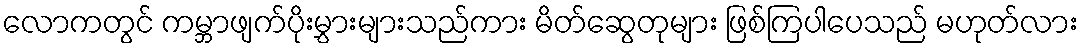
လောကတွင် ကမ္ဘာဖျက်ပိုးမွှားများသည်ကား မိတ်ဆွေတုများ ဖြစ်ကြပါပေသည် မဟုတ်လား